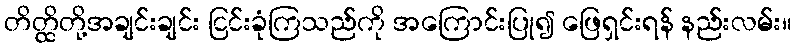
တိတ္ထိတို့အချင်းချင်း ငြင်းခုံကြသည်ကို အကြောင်းပြု၍ ဖြေရှင်းရန် နည်းလမ်း။